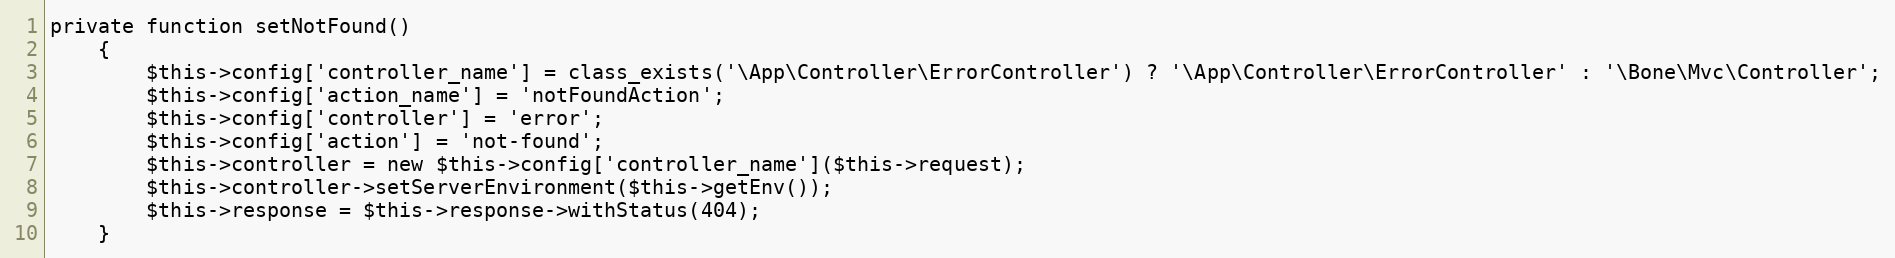
Language: PHP
private function setNotFound()
    {
        $this->config['controller_name'] = class_exists('\App\Controller\ErrorController') ? '\App\Controller\ErrorController' : '\Bone\Mvc\Controller';
        $this->config['action_name'] = 'notFoundAction';
        $this->config['controller'] = 'error';
        $this->config['action'] = 'not-found';
        $this->controller = new $this->config['controller_name']($this->request);
        $this->controller->setServerEnvironment($this->getEnv());
        $this->response = $this->response->withStatus(404);
    }